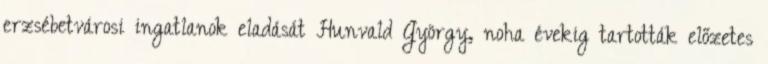
erzsébetvárosi ingatlanok eladását Hunvald György, noha évekig tartották előzetes